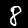
Digit: 8